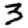
Digit: 3